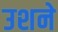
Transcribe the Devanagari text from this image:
उशने